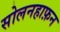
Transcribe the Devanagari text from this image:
सोलनहाफ़न